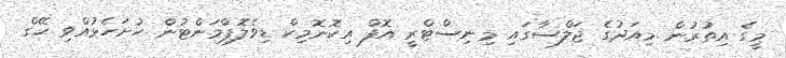
މީގެ އިތުރުން މިއަދުގެ ޖަލްސާގައި މިނިސްޓްރީ އޮފް އިކޮނޮމިކް ޑިވެލޮޕްމަންޓުން ހުށަހެޅުއްވި ހޭގް